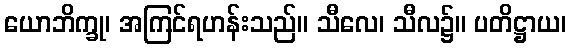
ယောဘိက္ခု၊ အကြင်ရဟန်းသည်။ သီလေ၊ သီလ၌။ ပတိဋ္ဌာယ၊